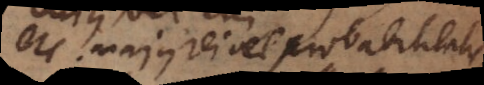
majus rei vel probabilitatis).